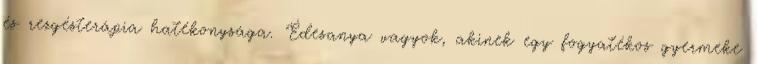
és rezgésterápia hatékonysága. "Édesanya vagyok, akinek egy fogyatékos gyermeke